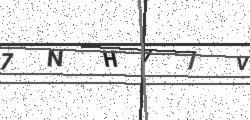
Text: 7NHVIV